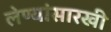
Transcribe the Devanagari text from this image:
लेण्यांसारखी